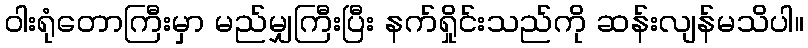
ဝါးရုံတောကြီးမှာ မည်မျှကြီးပြီး နက်ရှိုင်းသည်ကို ဆန်းလျန်မသိပါ။